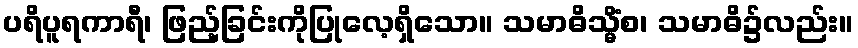
ပရိပူရကာရီ၊ ဖြည့်ခြင်းကိုပြုလေ့ရှိသော။ သမာဓိသ္မိံစ၊ သမာဓိ၌လည်း။